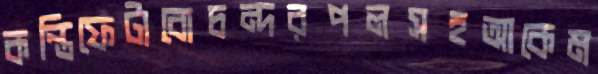
কন্তিফেটাবোচন্দরপলসহআকেম